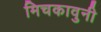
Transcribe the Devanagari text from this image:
मिचकावुनी